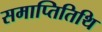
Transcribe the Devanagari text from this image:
समाप्तितिथि